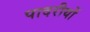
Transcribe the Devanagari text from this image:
पादरीयों